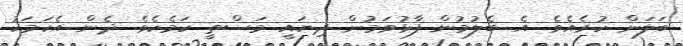
ބަލަން ހުރެއެވެ. އެ ބެލުމުން ފާޅުވަމުން ދިޔައީ މަސްތީ ކަމެކެވެ. ދެން އެކަމަކު